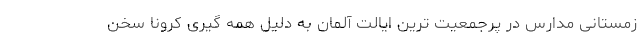
زمستانی مدارس در پرجمعیت ترین ایالت آلمان به دلیل همه گیری کرونا سخن